38_143685_box7_Incident_Summaries_1-100
Agency: Department of War
Page 155
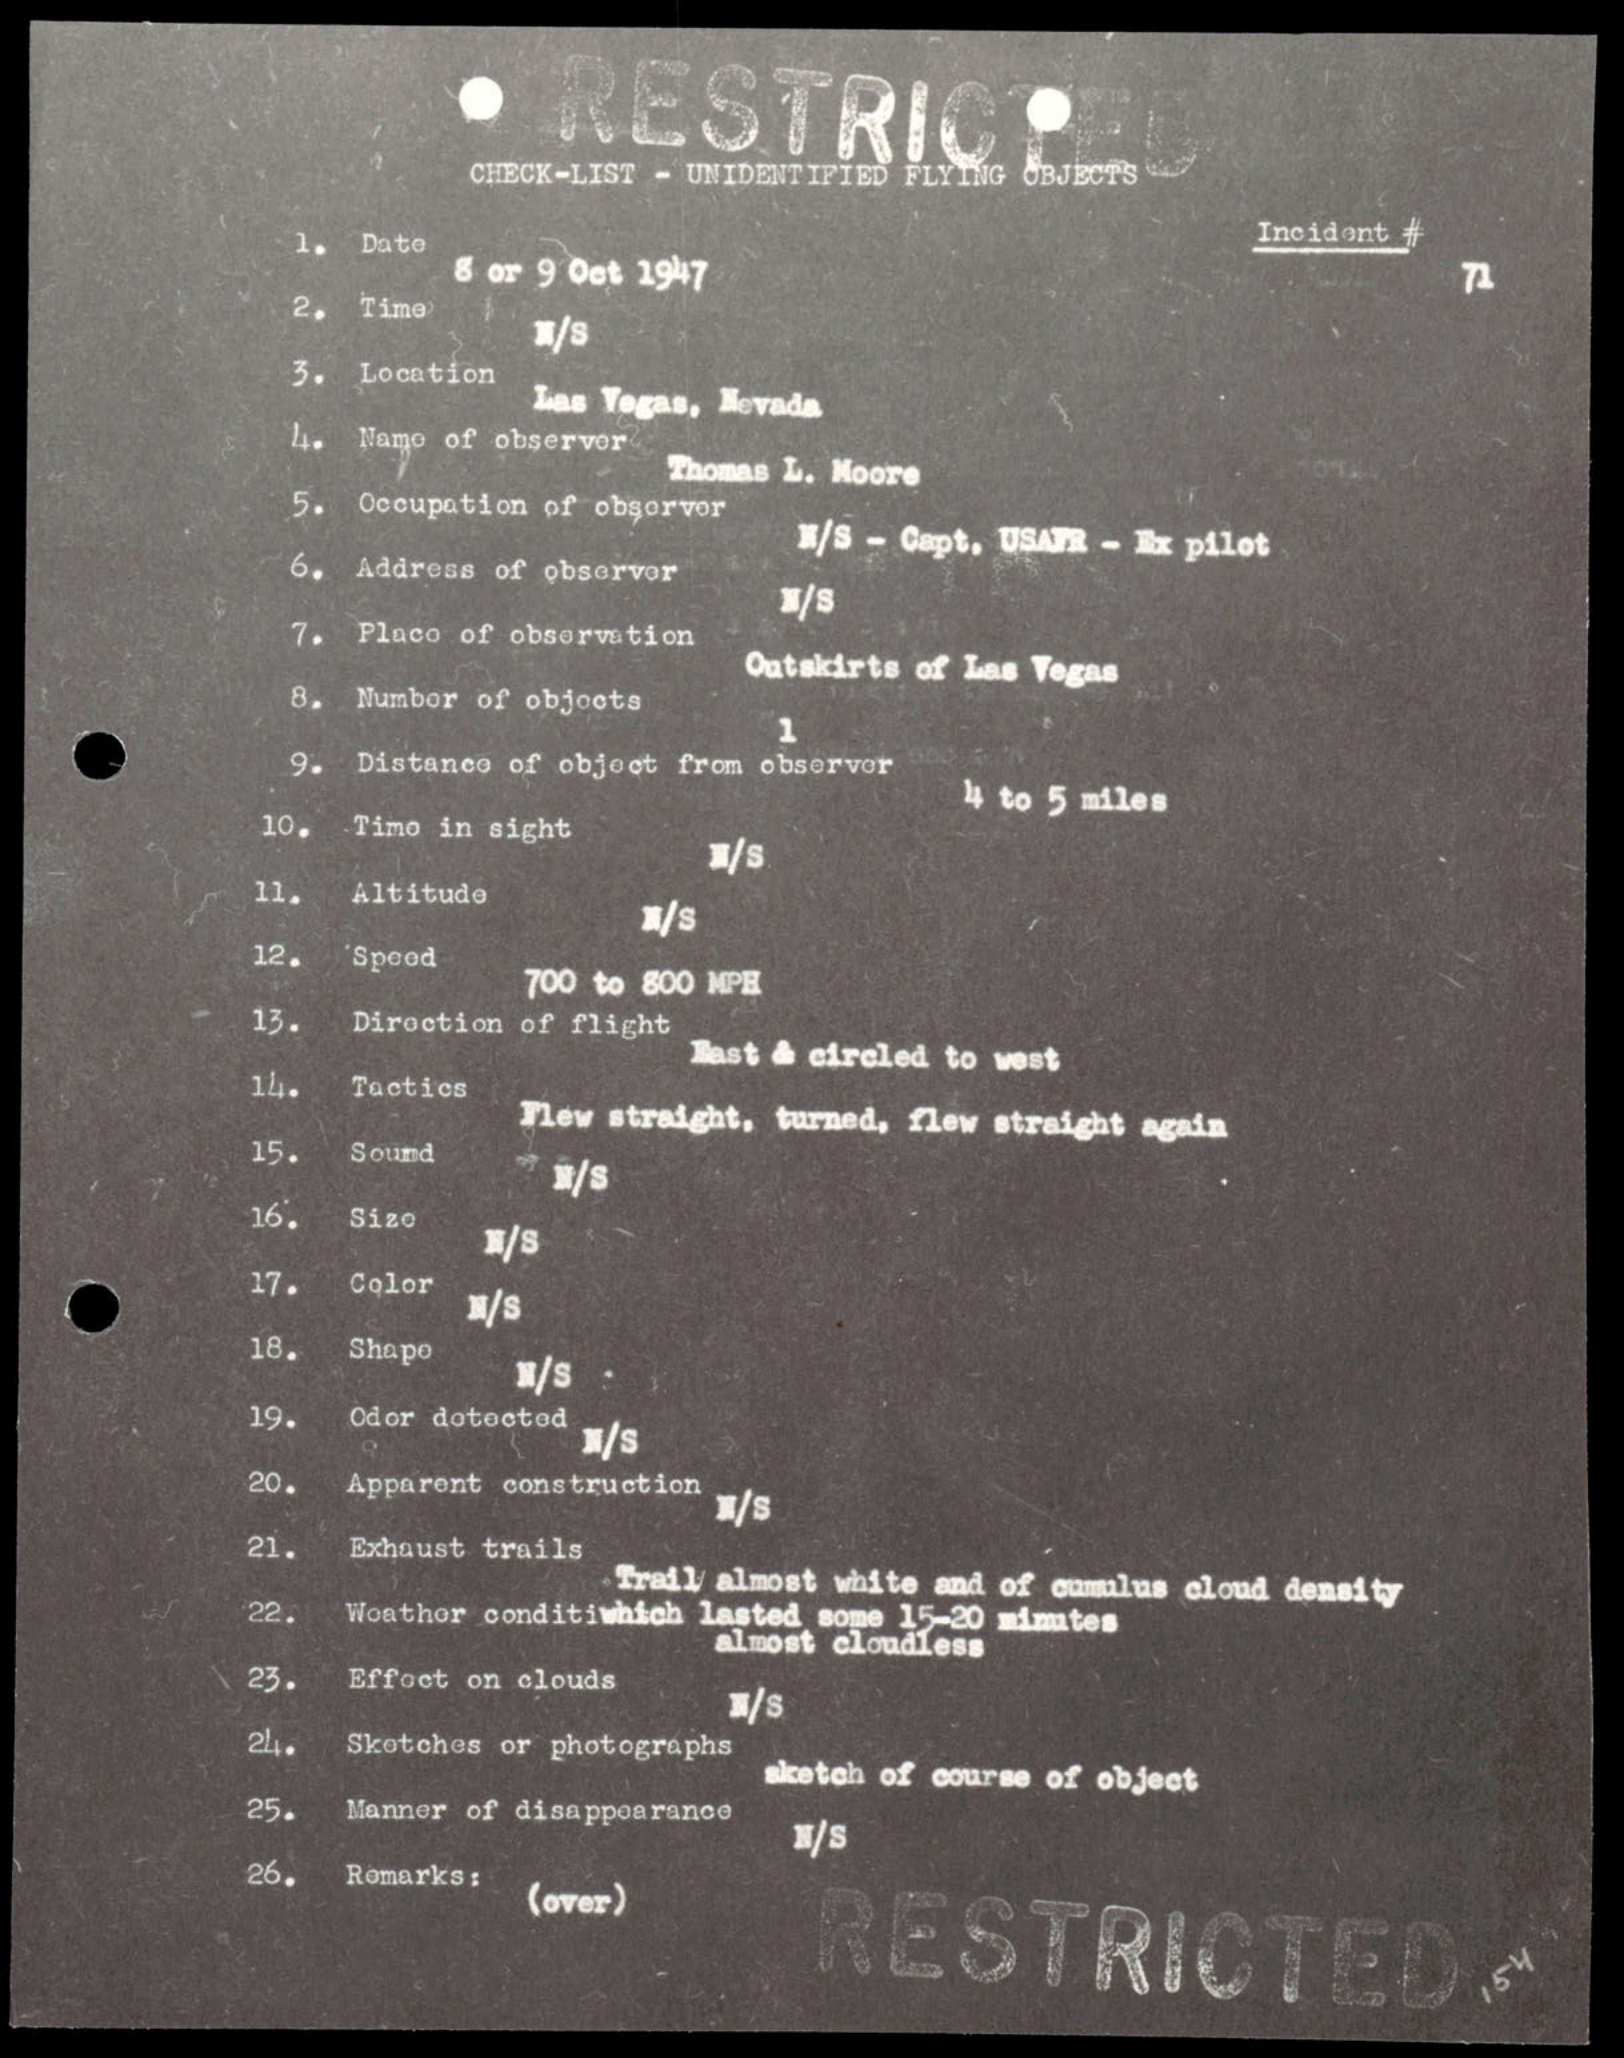